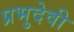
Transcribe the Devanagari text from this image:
प्रभुदेवी